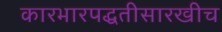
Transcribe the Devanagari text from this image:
कारभारपद्धतीसारखीच